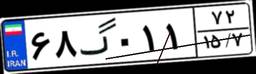
۰۲گ۴۶۱۱۰